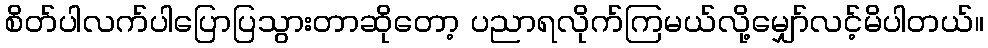
စိတ်ပါလက်ပါပြောပြသွားတာဆိုတော့ ပညာရလိုက်ကြမယ်လို့မျှော်လင့်မိပါတယ်။